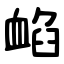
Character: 䘓